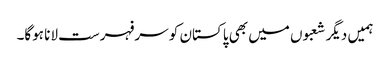
ہمیں دیگر شعبوں میں بھی پاکستان کو سرفہرست لانا ہوگا۔